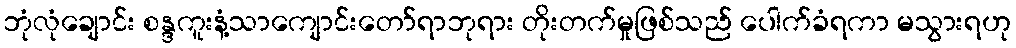
ဘုံလုံချောင်း စန္ဒကူးနံ့သာကျောင်းတော်ရာဘုရား တိုးတက်မှုဖြစ်သည် ပေါက်ခံရကာ မသွားရဟု